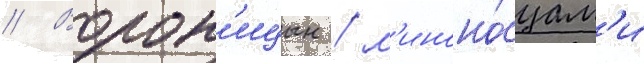
// Ворон'ицын / м'иноно́сцам'и